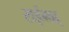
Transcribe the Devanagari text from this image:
राईगढ्